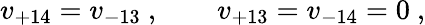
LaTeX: v_{+14}=v_{-13}\ ,\qquad v_{+13}=v_{-14}=0\ ,